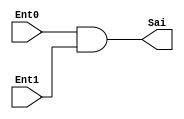
module PortaAND(input [7:0] Ent0, Ent1,
					output[7:0] Sai);			
	assign Sai = Ent0 & Ent1;
endmodule